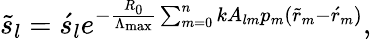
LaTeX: \begin{array}{r}{\tilde{s}_{l}=\acute{s}_{l}e^{-\frac{R_{0}}{\Lambda_{\mathrm{max}}}\sum_{m=0}^{n}{kA_{lm}p_{m}(\tilde{r}_{m}-\acute{r}_{m})}},}\end{array}